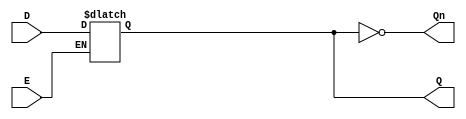
module async_gated_latch (
    input wire D,      // Data input
    input wire E,      // Enable signal
    output reg Q,      // Output
    output wire Qn     // Complement output
);

// Complement output
assign Qn = ~Q;

// Always block to implement the latch behavior
always @(*) begin
    if (E) begin
        Q = D;  // When enable is high, output follows the data input
    end
    // When enable is low, Q retains its last state (latch behavior)
end

endmodule